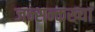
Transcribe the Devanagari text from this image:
जन्सन्कख्या